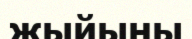
жыйыны